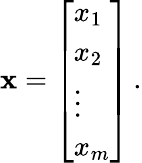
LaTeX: {\boldsymbol{\mathbf{x}}}={\left[\begin{array}{l}{x_{1}}\\ {x_{2}}\\ {\vdots}\\ {x_{m}}\end{array}\right]}\, .